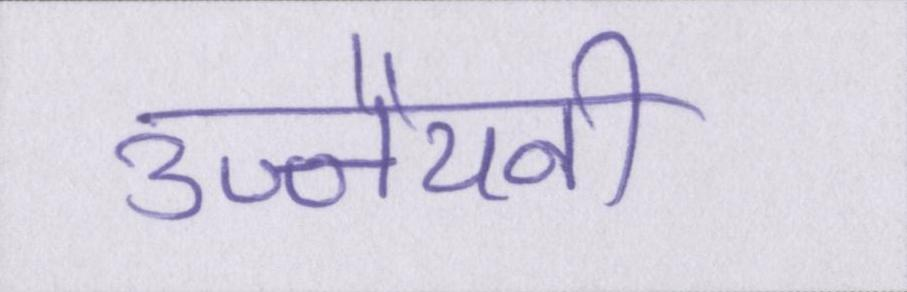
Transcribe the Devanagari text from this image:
उज्जैयनी